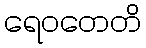
ရေဝတေတိ